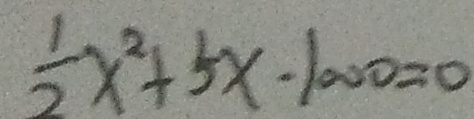
\frac { 1 } { 2 } x ^ { 2 } + 5 x \cdot 1 0 0 0 = 0